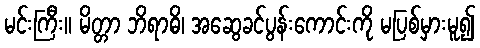
မင်းကြီး။ မိတ္တာ ဘိရာဓိ၊ အဆွေခင်ပွန်းကောင်းကို မပြစ်မှားမူ၍